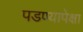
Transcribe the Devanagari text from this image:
पडण्यापेक्षा